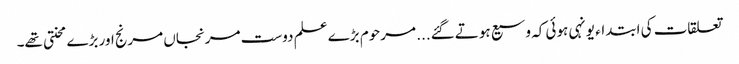
تعلقات کی ابتداء یونہی ہوئی کہ وسیع ہوتے گئے... مرحوم بڑے علم دوست مرنجاں مرنج اور بڑے محنتی تھے۔